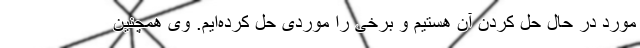
مورد در حال حل کردن آن هستیم و برخی را موردی حل کرده‌ایم. وی همچنین